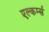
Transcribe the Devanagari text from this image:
एल्कर्म्स